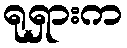
ရုရှားက